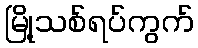
မြို့သစ်ရပ်ကွက်